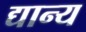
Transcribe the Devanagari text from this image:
द्यान्य